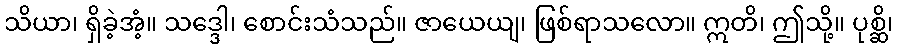
သိယာ၊ ရှိခဲ့အံ့။ သဒ္ဒေါ၊ စောင်းသံသည်။ ဇာယေယျ၊ ဖြစ်ရာသလော။ ဣတိ၊ ဤသို့။ ပုစ္ဆိ၊